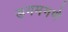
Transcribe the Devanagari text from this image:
डगमगणे